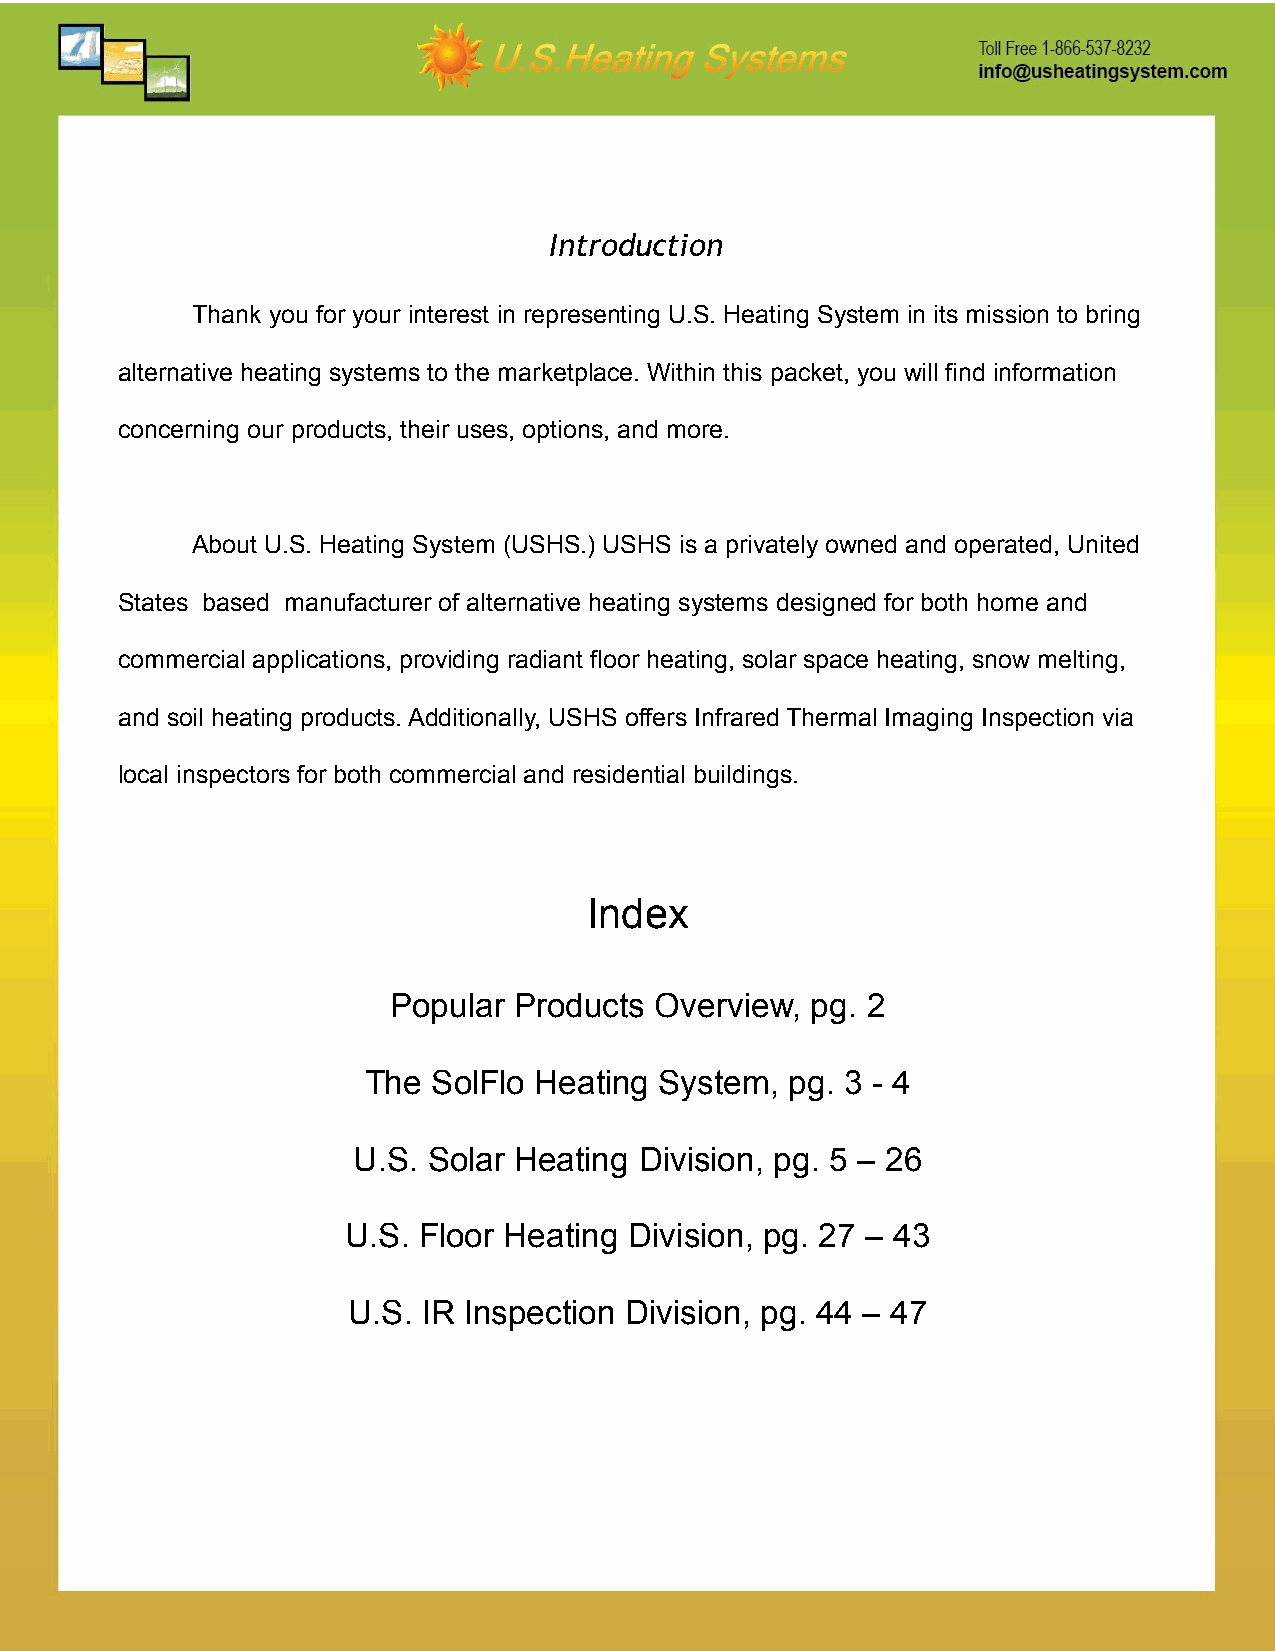
Introduction
 Thank you for your interest in representing U.S. Heating System in its mission to bring
 alternative heating systems to the marketplace. Within this packet, you will find information
 concerning our products, their uses, options, and more.
 About U.S. Heating System (USHS.) USHS is a privately owned and operated, United
 States based manufacturer of alternative heating systems designed for both home and
 commercial applications, providing radiant floor heating, solar space heating, snow melting,
 and soil heating products. Additionally, USHS offers Infrared Thermal Imaging Inspection via
 local inspectors for both commercial and residential buildings.
 Index
 Popular Products Overview,  pg. 2
 The  SolFlo Heating System, pg. 3 - 4
 U.S. Solar Heating Division, pg. 5 – 26
 U.S. Floor Heating Division, pg. 27 – 43
 U.S. IR Inspection Division, pg. 44 – 47